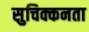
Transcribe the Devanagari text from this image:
सुचिक्कनता